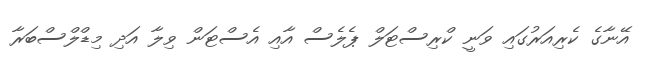
އޭނާގެ ކެރިއަރުގައި ވަނީ ކްރިސްޓަލް ޕެލެސް އާއި އެސްޓަން ވިލާ އަދި މިޑްލްސްބަރާ